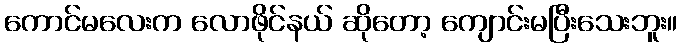
ကောင်မလေးက လောဖိုင်နယ် ဆိုတော့ ကျောင်းမပြီးသေးဘူး။